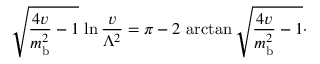
\sqrt { { \frac { 4 v } { m _ { \mathrm { b } } ^ { 2 } } } - 1 } \, \ln { \frac { v } { \Lambda ^ { 2 } } } = \pi - 2 \, \arctan \sqrt { { \frac { 4 v } { m _ { \mathrm { b } } ^ { 2 } } } - 1 } \cdotp